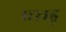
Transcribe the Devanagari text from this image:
एराडू